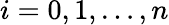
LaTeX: i=0,1,\dots,n